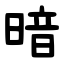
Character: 暗